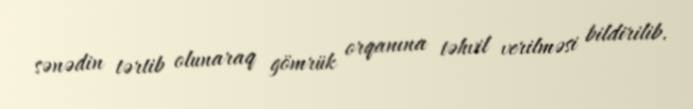
sənədin tərtib olunaraq gömrük orqanına təhvil verilməsi bildirilib.